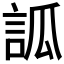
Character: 𧦼